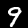
Label: 9